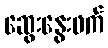
ဆွေးနွေးဖက်